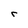
Character: r